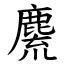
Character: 麍